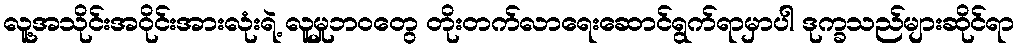
လူ့အသိုင်းအဝိုင်းအားလုံးရဲ့ လူမှုဘဝတွေ တိုးတက်လာရေးဆောင်ရွက်ရာမှာပါ ဒုက္ခသည်များဆိုင်ရာ